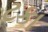
ટકા